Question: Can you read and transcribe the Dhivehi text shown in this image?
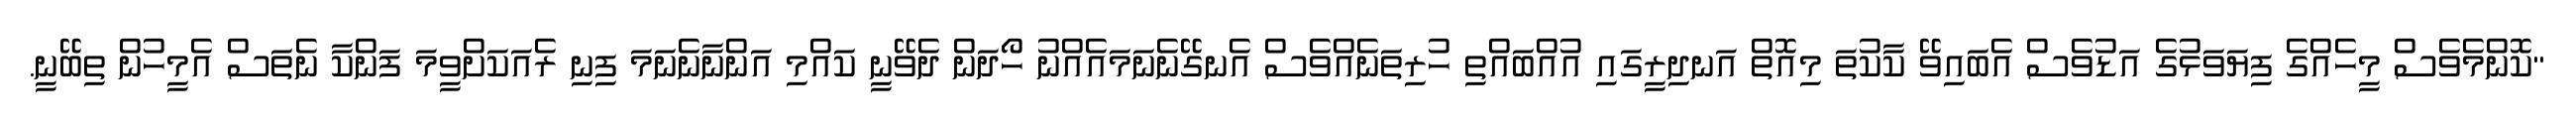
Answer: "ކޮންމެވެސް މީހެއްގެ ފިޔަވަޅުގެ އަޑުވެސް އެބައިވޭ ކާކުތަ މިއޮތް އަނދިރީގައި އުއްބައްތި ހުރިތަނެއްވެސް އެނގޭނެނަމައެއްނު ހޯދަން ދެވޭނީ ކައްމި އަންނާނެނަމަ ފިނި ރެއަކަށްވީމަ ފަންކާ ނެތަސް އެމީހުން ތިބޭނީ.